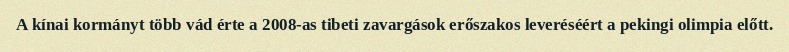
A kínai kormányt több vád érte a 2008-as tibeti zavargások erőszakos leveréséért a pekingi olimpia előtt.